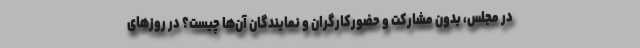
در مجلس، بدون مشارکت و حضورکارگران و نمایندگان آن‌ها چیست؟ در روزهای